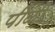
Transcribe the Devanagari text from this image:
पीळी